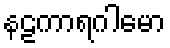
နဠကာရဂါမော